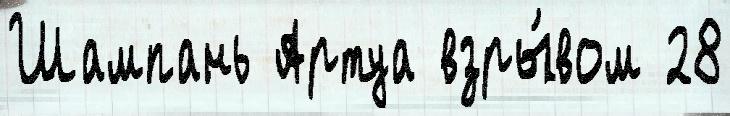
Шампань Артуа взры́вом 28